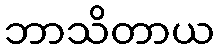
ဘာသိတာယ